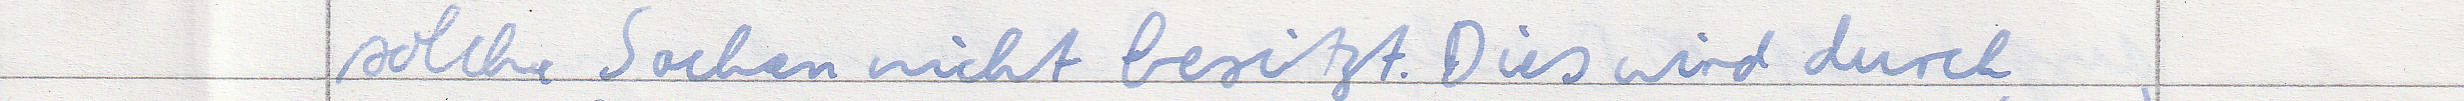
solche Sachen nicht besitzt. Dies wird durch